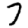
Digit: 7